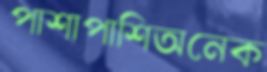
পাশাপাশিঅনেক